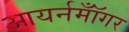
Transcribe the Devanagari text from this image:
आयर्नमॉँगर